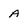
Character: a